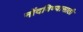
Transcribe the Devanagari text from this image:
नोंदविण्यासाठी